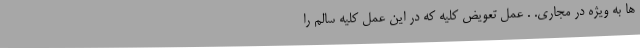
ها به ویژه در مجاری. . عمل تعویض کلیه که در این عمل کلیه سالم را